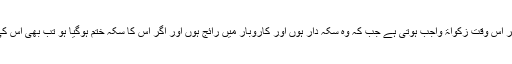
سونے یا چاندی پر اس وقت زکواۃ واجب ہوتی ہے جب کہ وہ سکہ دار ہوں اور کاروبار میں رائج ہوں اور اگر اس کا سکہ ختم ہوگیا ہو تب بھی اس کی زکواۃ ادا کرے۔